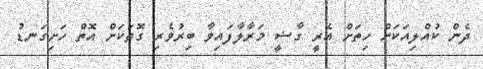
ދެން ކުއްލިއަކަށް ހިތަށް އެރީ ގާޟީ މަރާލާފައިވާ ބިރުވެރި ގޮތަކަށް އޮތް ހަށިގަނޑު